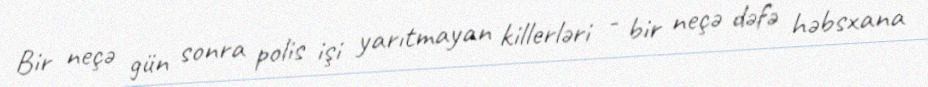
Bir neçə gün sonra polis işi yarıtmayan killerləri - bir neçə dəfə həbsxana